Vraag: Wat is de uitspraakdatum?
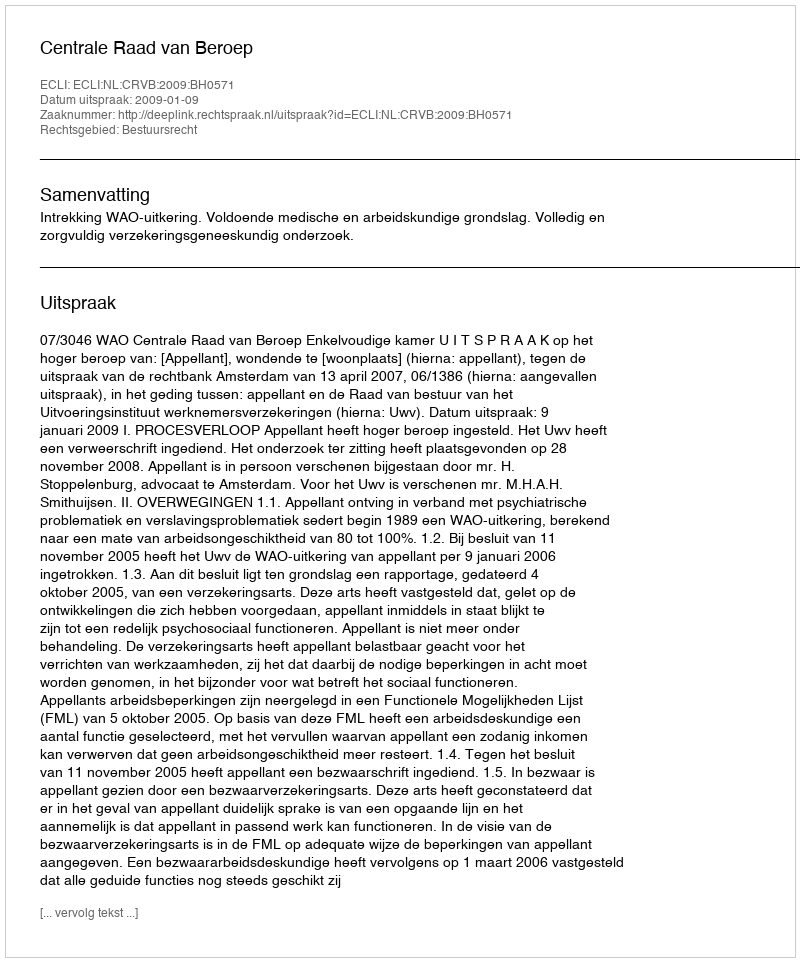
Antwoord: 2009-01-09